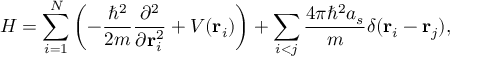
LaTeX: H = \sum _ { i = 1 } ^ { N } \left( - { \frac { \hbar ^ { 2 } } { 2 m } } { \frac { \partial ^ { 2 } } { \partial \mathbf { r } _ { i } ^ { 2 } } } + V ( \mathbf { r } _ { i } ) \right) + \sum _ { i < j } { \frac { 4 \pi \hbar ^ { 2 } a _ { s } } { m } } \delta ( \mathbf { r } _ { i } - \mathbf { r } _ { j } ) ,